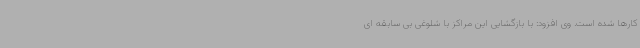
کارها شده است. وی افزود: با بازگشایی این مراکز با شلوغی بی سابقه ای